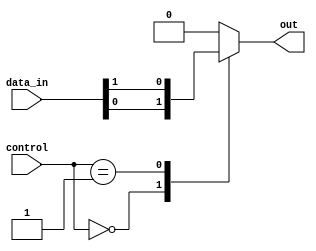
module mux_1024_to_1 (
    input [1023:0] data_in,
    input [9:0] control,
    output reg out
);

always @* begin
    case (control)
        10'b0000000000: out = data_in[0];
        10'b0000000001: out = data_in[1];
        // Add cases for all 1024 inputs
        default: out = 1'b0; // Default output value if control input is invalid
    endcase
end

endmodule